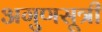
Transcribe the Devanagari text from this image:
अगुणसूत्री